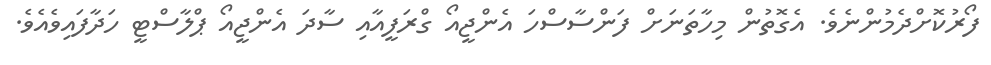
ފޯރުކޮށްދެމުންނެވެ. އެގޮތުން މިހާތަނަށް ފަންސާސްހަ އެންޖީއޯ ގްރަފީއާއި ސާދަ އެންޖީއޯ ޕްލާސްޓީ ހަދާފައިވެއެވެ.